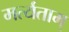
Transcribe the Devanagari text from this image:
मर्त्यताम्